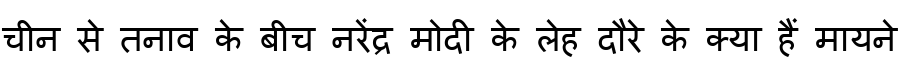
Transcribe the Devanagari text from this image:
चीन से तनाव के बीच नरेंद्र मोदी के लेह दौरे के क्या हैं मायने